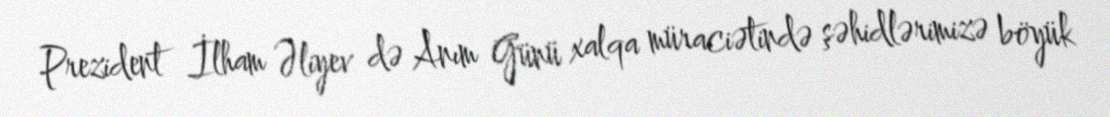
Prezident İlham Əliyev də Anım Günü xalqa müraciətində şəhidlərimizə böyük